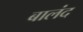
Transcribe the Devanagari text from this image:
बालंद